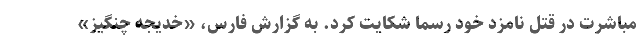
مباشرت در قتل نامزد خود رسما شکایت کرد. به گزارش فارس، «خدیجه چنگیز»